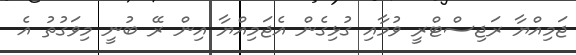
ޖަމިއްޔާ ރަޖިސްޓްރީ ވުމާއި ގުޅިގެން އެޖަމިއްޔާ އިން ރޭ ބުނީ މިވަގުތު އެ